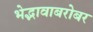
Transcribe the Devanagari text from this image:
भेद्भावाबरोबर